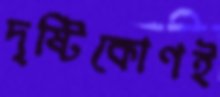
দৃষ্টিকোণই